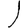
Digit: 1